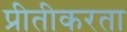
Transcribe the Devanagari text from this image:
प्रीतीकरता